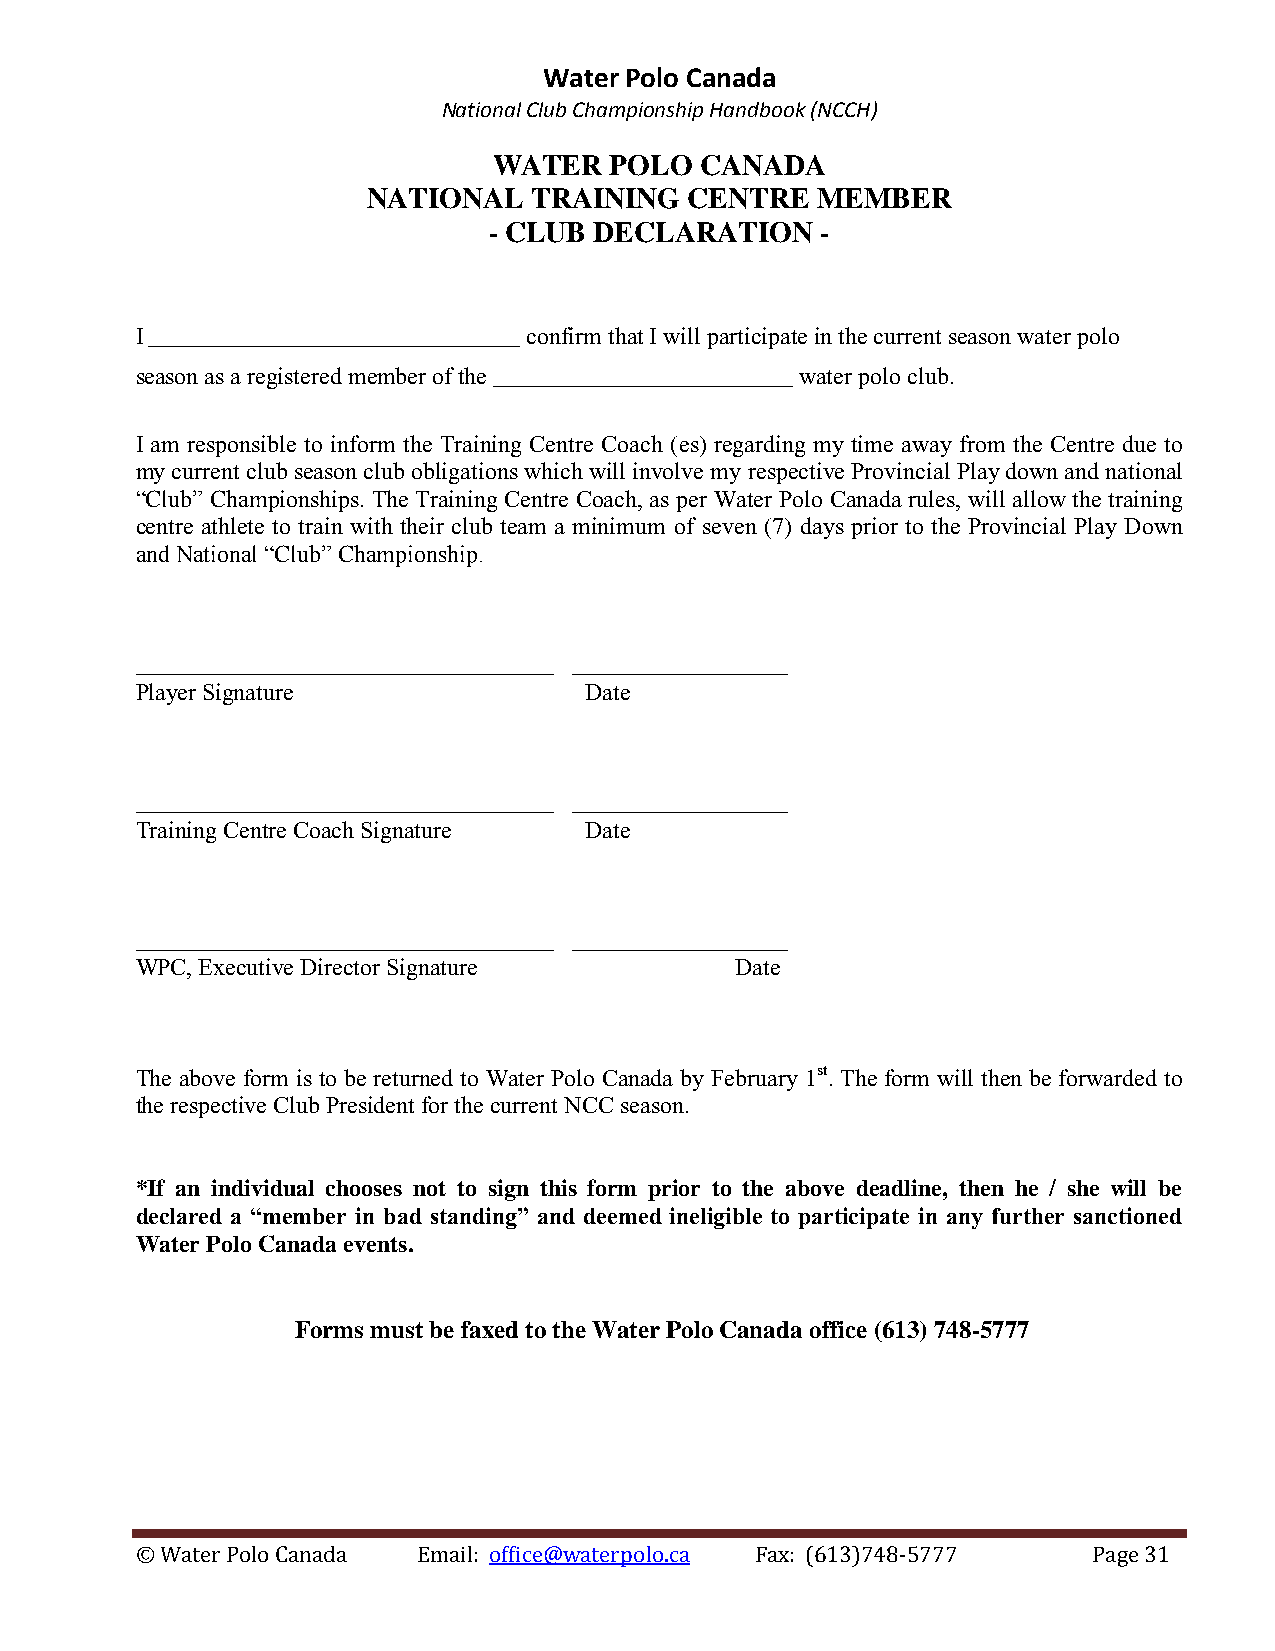
Water Polo Canada
 National Club Championship Handbook (NCCH)
 WATER  POLO  CANADA
 NATIONAL   TRAINING   CENTRE  MEMBER
 - CLUB DECLARATION    -
 I _______________________________ confirm that I will participate in the current season water polo
 season as a registered member of the _________________________ water polo club.
 I am responsible to inform the Training Centre Coach (es) regarding my time away from the Centre due to
 my current club season club obligations which will involve my respective Provincial Play down and national
 “Club” Championships. The Training Centre Coach, as per Water Polo Canada rules, will allow the training
 centre athlete to train with their club team a minimum of seven (7) days prior to the Provincial Play Down
 and National “Club” Championship.
 ___________________________________ __________________
 Player Signature              Date
 ___________________________________ __________________
 Training Centre Coach Signature Date
 ___________________________________ __________________
 WPC, Executive Director Signature       Date
 The above form is to be returned to Water Polo Canada by February 1st. The form will then be forwarded to
 the respective Club President for the current NCC season.
 *If an individual chooses not to sign this form prior to the above deadline, then he / she will be
 declared a “member in bad standing” and deemed ineligible to participate in any further sanctioned
 Water Polo Canada events.
 Forms must be faxed to the Water Polo Canada office (613) 748-5777
 © Water Polo Canada Email: office@waterpolo.ca Fax: (613)748-5777 Page 31